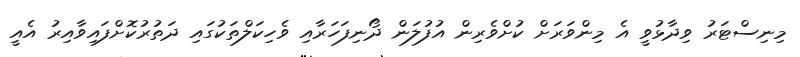
މިނިސްޓަރު ވިދާޅުވީ އެ މިންވަރަށް ކުށްވެރިން އުފުލަން ދޯނިފަހަރާއި ވެހިކަލްތަކުގައި ދަތުރުކޮށްފައިވާއިރު އެއީ